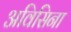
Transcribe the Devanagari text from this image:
अविसिना